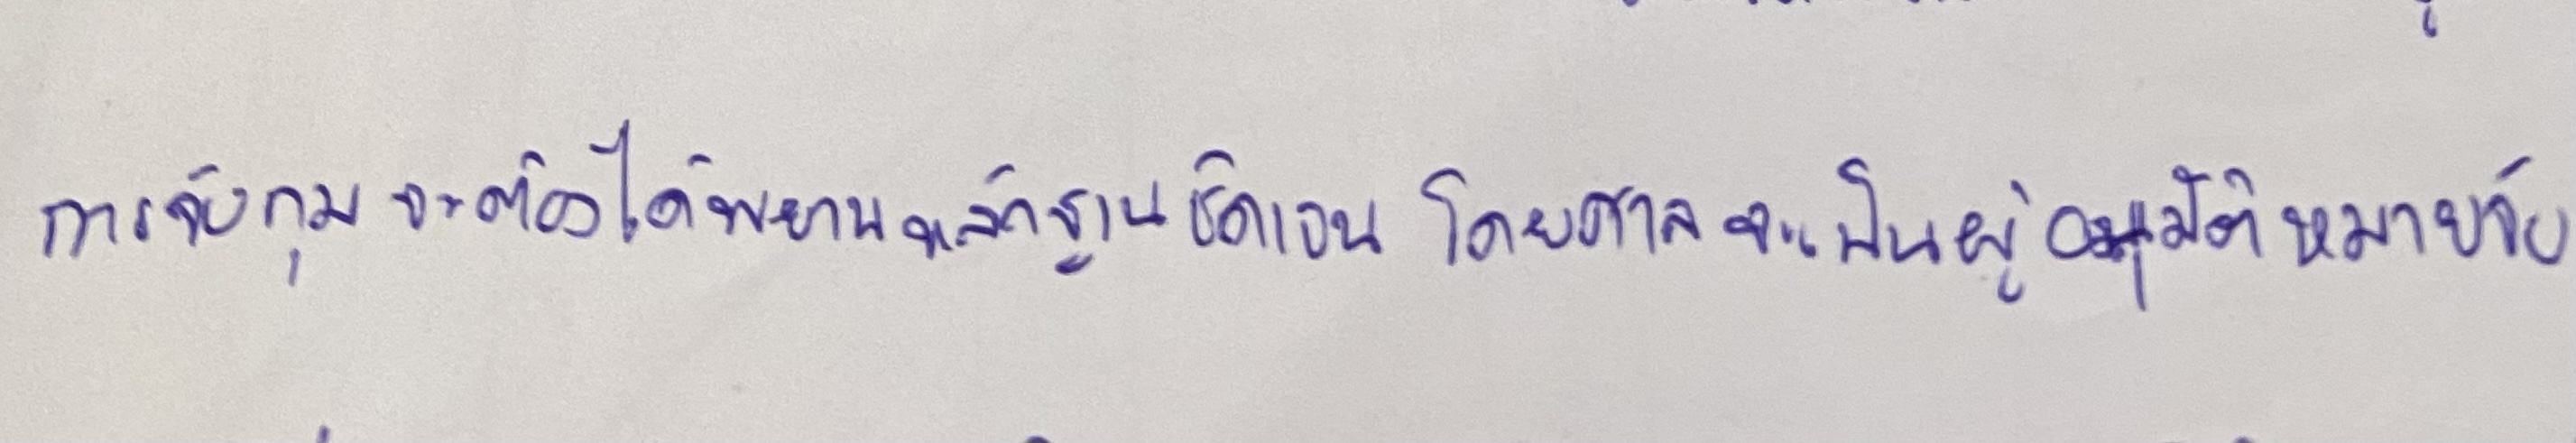
การจับกุมจะต้องได้พยานหลักฐานชัดเจนโดยศาลจะเป็นผู้อนุมัติหมายจับ